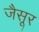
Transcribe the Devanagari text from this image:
जैसूर